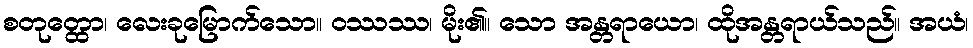
စတုတ္ထော၊ လေးခုမြောက်သော။ ဝဿဿ၊ မိုး၏။ သော အန္တရာယော၊ ထိုအန္တရာယ်သည်။ အယံ၊